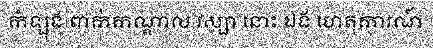
កំឡុង ពាក់កណ្តាល វស្សា នោះ ឯង ហេតុការណ៍